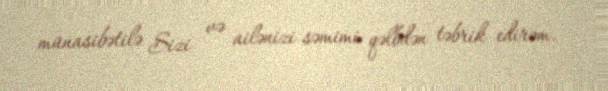
münasibətilə Sizi və ailənizi səmimi qəlbdən təbrik edirəm.